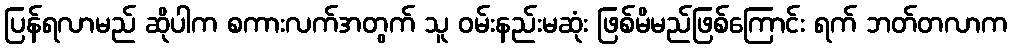
ပြန်ရလာမည် ဆိုပါက စကားလက်အတွက် သူ ဝမ်းနည်းမဆုံး ဖြစ်မိမည်ဖြစ်ကြောင်း ရက် ဘတ်တလာက